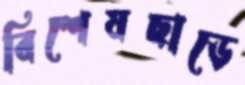
বিশেষছাড়ে